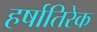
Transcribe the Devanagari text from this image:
हर्षातिरेक